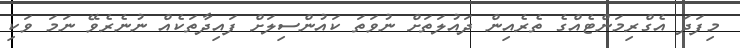
މިފަދަ އެގްރިމަންޓެއްގެ ތެރެއިން ދައުލަތަށް ނުވަތަ ކައުންސިލަށް ފައިދާތަކެއް ނުނެރެވޭ ނަމަ ވަކި